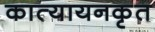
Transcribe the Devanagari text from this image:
कात्यायनकृत